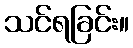
သင်ရခြင်း။